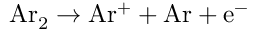
\mathrm { A r _ { 2 } } \rightarrow \mathrm { A r ^ { + } } + \mathrm { A r } + \mathrm { e ^ { - } }